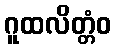
ဂူထလိတ္တံဝ